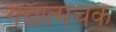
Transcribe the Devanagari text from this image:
गद्यात्मचक